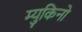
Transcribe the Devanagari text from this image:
म्युकिनो